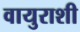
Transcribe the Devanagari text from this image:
वायुराशी